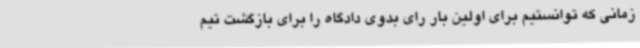
زمانی که توانستیم برای اولین بار رای بدوی دادگاه را برای بازگشت تیم